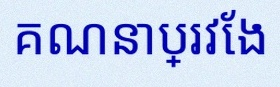
គណនាប្រវែង